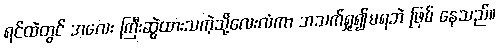
ရင်ထဲတွင် အလေး ကြီးဆွဲထားသကဲ့သို့လေးလံကာ အသက်ရှု၍မရဘဲ ဖြစ် နေသည်။